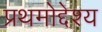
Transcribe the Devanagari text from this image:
प्रथमोद्देश्य